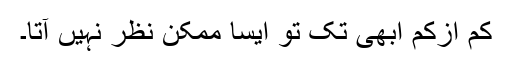
کم ازکم ابھی تک تو ایسا ممکن نظر نہیں آتا۔